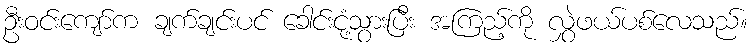
ဦးဝင်းကျော်က ချက်ချင်းပင် ခေါင်းငုံ့သွားပြီး အကြည့်ကို လွှဲဖယ်ပစ်လေသည်။